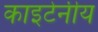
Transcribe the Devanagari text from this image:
काइटेनीय